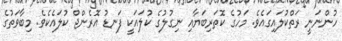
ހުންނަނީ ރަތްކުލައިގައެވެ. މަހުގެ ކޮތަރިބަޔާއި ނިގުލުގެ ކުލައަކީ ފަނޑު އޮރެންޖް ކުލައެކެވެ. މިބާވަތުގެ